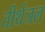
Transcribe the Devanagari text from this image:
तीर्थजल